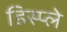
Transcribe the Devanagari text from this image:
डिस्‍प्ले